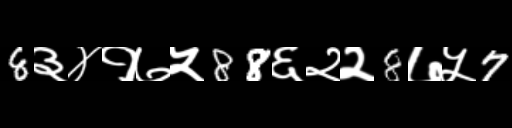
Text: 8३४१७५88६२२8७५7